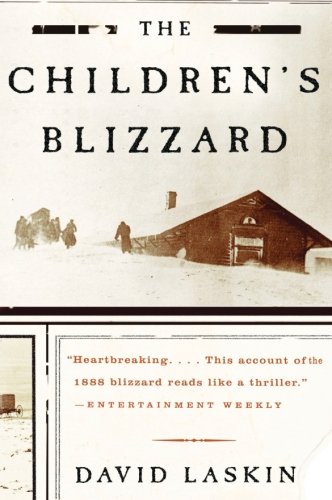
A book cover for The Children's Blizzard; David Laskin; Science & Math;